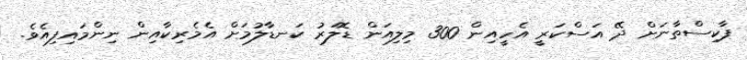
ޕާކިސްތާނަށް ދޭ އަސްކަރީ އެހީއިން 300 މިލިއަން ޑޮލަރު ކަނޑާލުމަށް އެމެރިކާއިން ނިންމައިފިއެވެ.